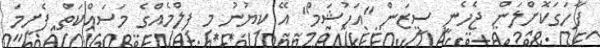
ފާހަގަކޮށްލަން ޖެހެނީ ސީޒަން "އަހުޝަމް" އޭ ކިޔުނު މި ފިލްމެއްގެ މަސައްކަތް ފެށީމަ